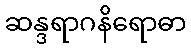
ဆန္ဒရာဂနိရောဓာ